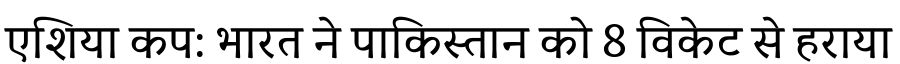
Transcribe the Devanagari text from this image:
एशिया कप: भारत ने पाकिस्तान को 8 विकेट से हराया